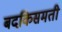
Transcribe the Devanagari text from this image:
बदकिसमती